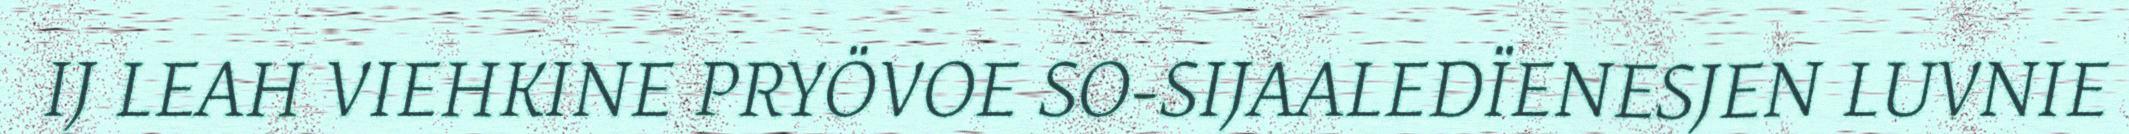
IJ LEAH VIEHKINE PRYÖVOE SO-SIJAALEDÏENESJEN LUVNIE